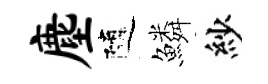
麈隨鱗紗